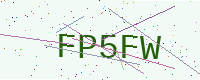
Text: FP5FW